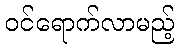
ဝင်ရောက်လာမည့်